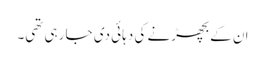
ان کے بچھڑنے کی دہائی دی جا رہی تھی۔